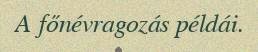
A főnévragozás példái.